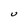
Character: U